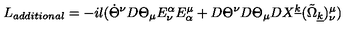
L _ { a d d i t i o n a l } = - i l ( { \dot { \Theta } } ^ { \nu } D \Theta _ { \mu } E _ { \nu } ^ { \alpha } E _ { \alpha } ^ { \mu } + D \Theta ^ { \nu } D \Theta _ { \mu } D X ^ { \underline { { k } } } ( { \tilde { \Omega } } _ { \underline { { k } } } ) _ { \nu } ^ { \mu } )